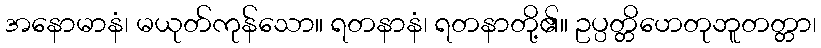
အနောမာနံ၊ မယုတ်ကုန်သော။ ရတနာနံ၊ ရတနာတို့၏။ ဥပ္ပတ္တိဟေတုဘူတတ္တာ၊